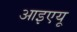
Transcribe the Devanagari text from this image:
आइएयू